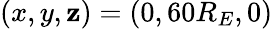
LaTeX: (x,y,\mathbf{z})=(0,60R_{E},0)